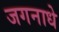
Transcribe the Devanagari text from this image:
जगनाधे